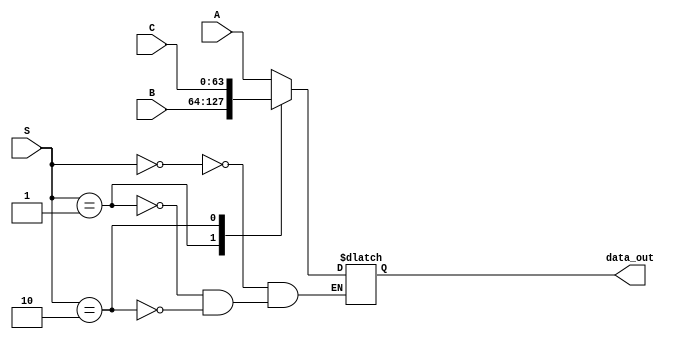
module mux_3by1(
  output reg [63:0] data_out,
  input [1:0] S,
  input [63:0] A,
  input [63:0] B,
  input [63:0] C
);
  always @(*)
    begin
      case (S)
        2'b00: data_out = A; 
        2'b01: data_out = B;
        2'b10: data_out = C;
        
  endcase
  
    end
  
endmodule